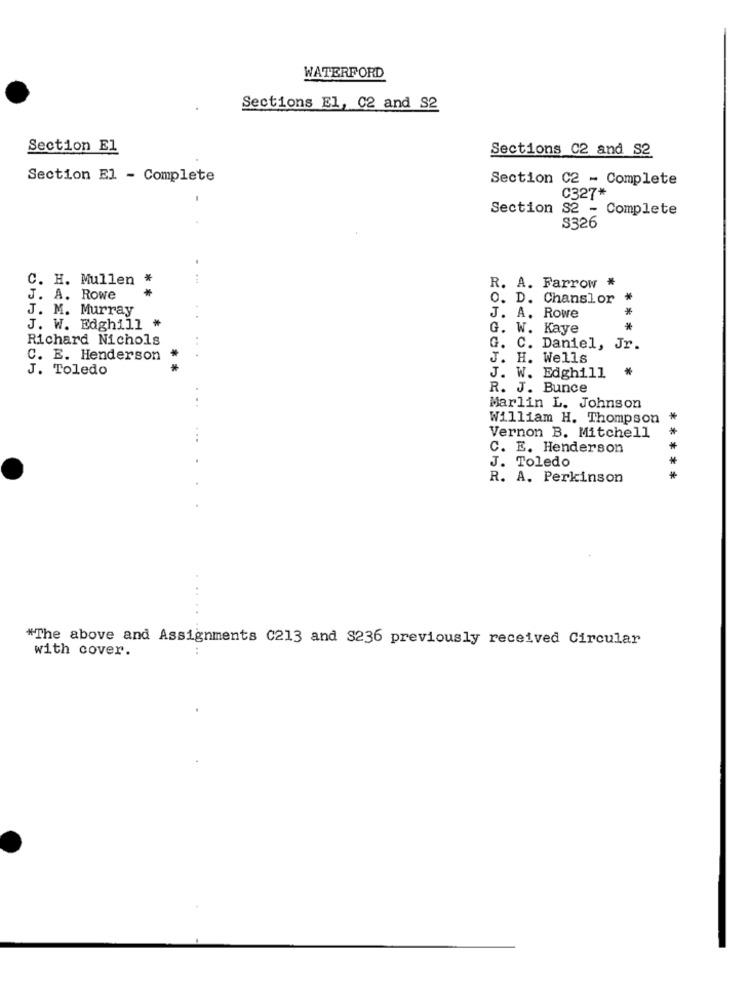
WATERFORD
Sections El, 02 and S2
Section El
Sections C2 and S2
Section El - Complete
Section C2 - Complete
C327*
Section S2 - Complete
S326
C. H. Mullen *
R. A. Farrow *
J. A. Rowe
O. D. Chanslor
J. M. Murray
**
J. A. Rowe
J. W. Edghill *
G. W. Kaye
*
Richard Nichols
G. C. Daniel, Jr.
C. E. Henderson
J. H. Wells
J. Toledo
* *
J. W. Edghill
R. J. Bunce
Marlin L. Johnson
William H. Thompson *
Vernon B. Mitchell
C. E. Henderson
J. Toledo
R. A. Perkinson
*****
...
"The above and Assignments C213 and S236 previously received Circular
with cover.